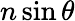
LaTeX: n\sin\theta